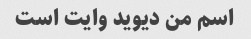
اسم من دیوید وایت است